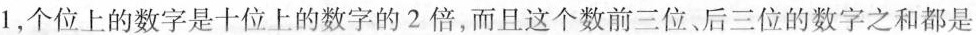
1，个位上的数字是十位上的数字的2倍，而且这个数前三位、后三位的数字之和都是